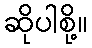
ဆိုပါစို့။